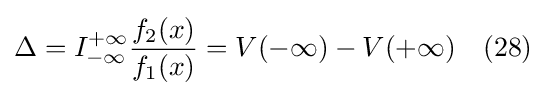
\Delta =I_{-\infty }^{+\infty }{\frac {f_{2}(x)}{f_{1}(x)}}=V(-\infty )-V(+\infty )\quad (28)